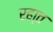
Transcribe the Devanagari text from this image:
रहा्त